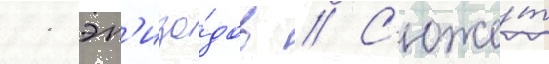
11 эп'изо́дов // С'юже́т